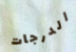
الدرجات